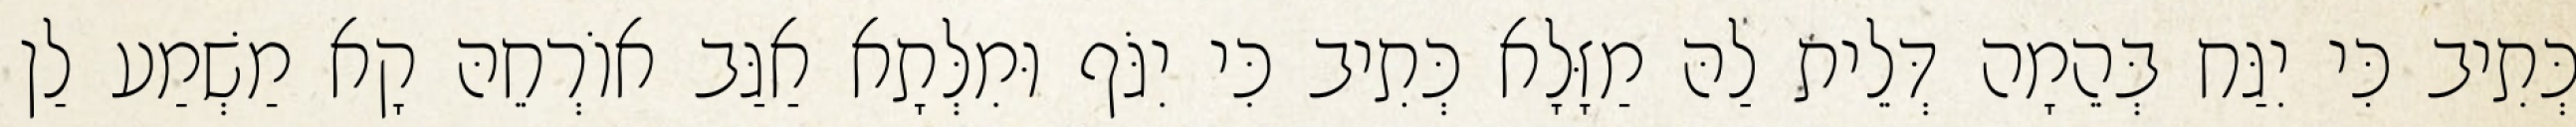
כְּתִיב כִּי יִגַּח בְּהֵמָה דְּלֵית לַהּ מַזָּלָא כְּתִיב כִּי יִגֹּף וּמִלְּתָא אַגַּב אוֹרְחֵהּ קָא מַשְׁמַע לַן